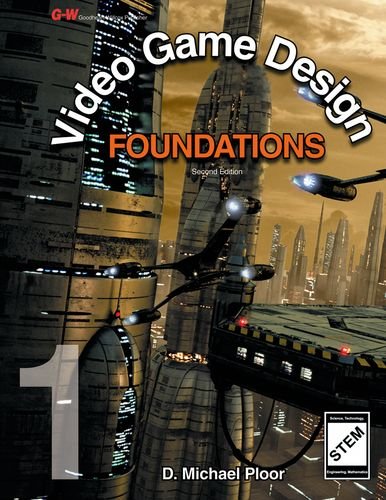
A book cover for Video Game Design Foundations; D. Michael Ploor; Computers & Technology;